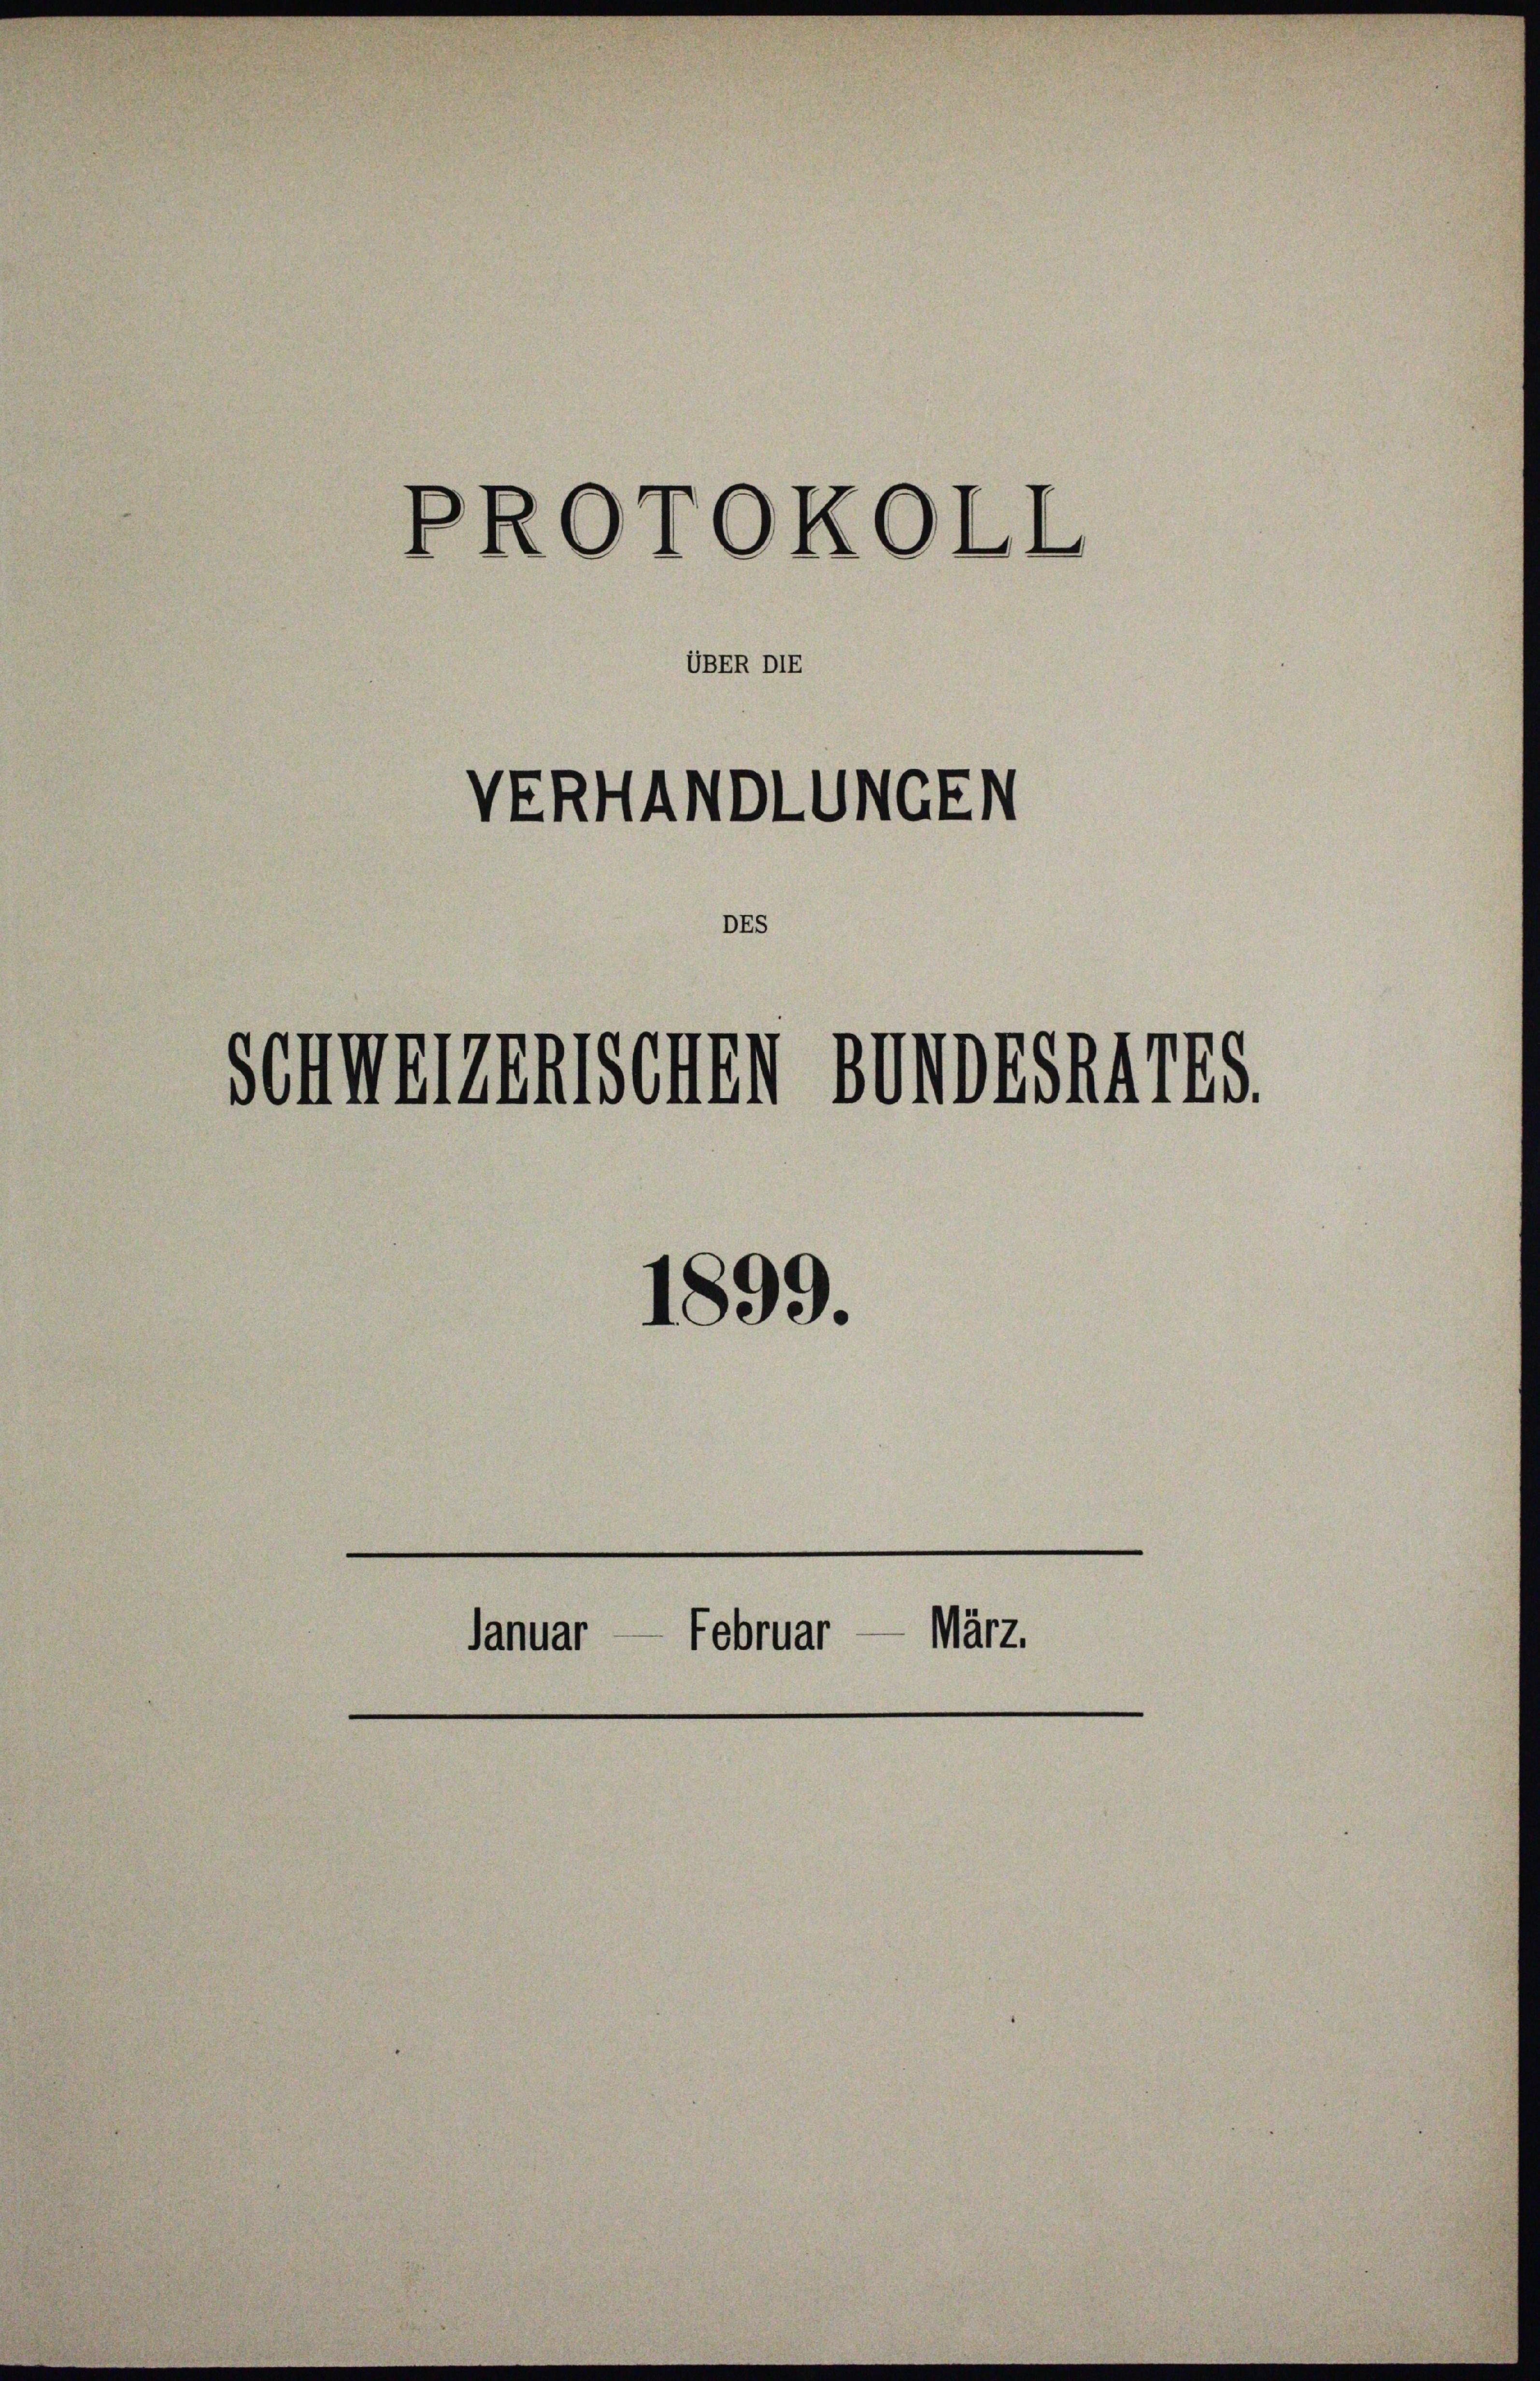
PROTOKOLL

VERHANDLUNGEN

Schmeiernischen Unr824775.

UBER DIE

DES

Januar — Februar — März.

1899.